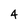
Character: 4